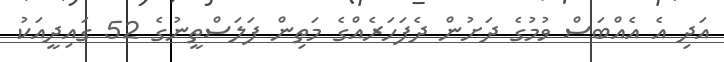
އަދި އެ އެއްބަސް ވުމުގެ ދަށުން ދެފަހަރެއްގެ މަތިން ފަލަސްތީނުގެ 52 ގައިދީއަކު